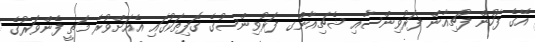
އޭގެ ފަހުން ފުޗިއާން ފަރުވިންސާއި ޝެޗިއާންގ ފަރުވިންސުގެ ގޮފިތަކުގައި އެއަށްވުރެ މަތީ ފެންވަރުގެ